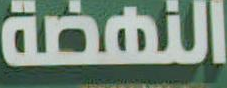
النهضة